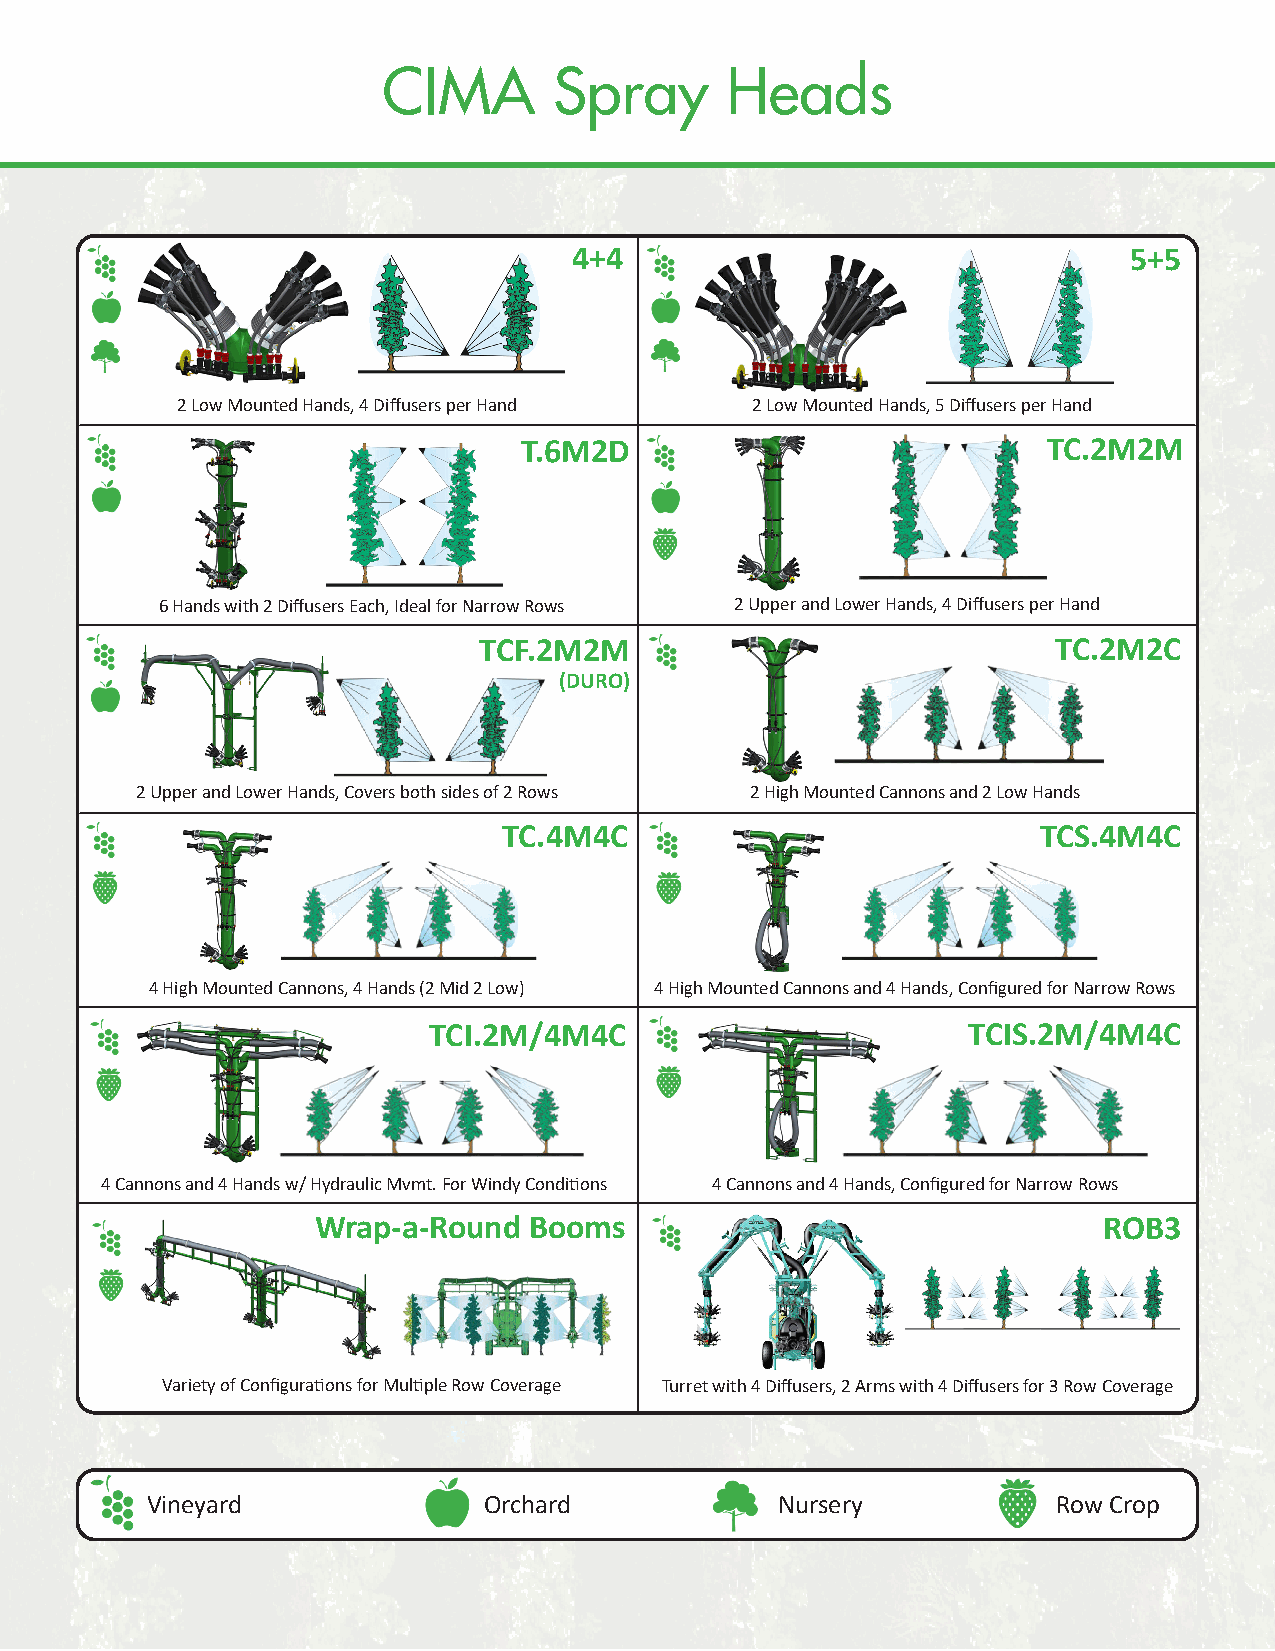
CIMA        Spray      Heads
 4+4                                  5+5
 2 Low Mounted Hands, 4 Diffusers per Hand 2 Low Mounted Hands, 5 Diffusers per Hand
 T.6M2D                             TC.2M2M
 6 Hands with 2 Diffusers Each, Ideal for Narrow Rows 2 Upper and Lower Hands, 4 Diffusers per Hand
 TCF.2M2M                              TC.2M2C
 (DURO)
 2 Upper and Lower Hands, Covers both sides of 2 Rows 2 High Mounted Cannons and 2 Low Hands
 TC.4M4C                             TCS.4M4C
 4 High Mounted Cannons, 4 Hands (2 Mid 2 Low) 4 High Mounted Cannons and 4 Hands, Configured for Narrow Rows
 TCI.2M/4M4C                         TCIS.2M/4M4C
 4 Cannons and 4 Hands w/ Hydraulic Mvmt. For Windy Conditions 4 Cannons and 4 Hands, Configured for Narrow Rows
 Wrap-a-Round  Booms                                 ROB3
 Variety of Configurations for Multiple Row Coverage Turret with 4 Diffusers, 2 Arms with 4 Diffusers for 3 Row Coverage
 Vineyard              Orchard             Nursery           Row Crop